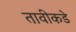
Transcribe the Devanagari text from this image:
तावीकडे